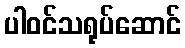
ပါဝင်သရုပ်ဆောင်